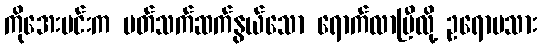
ကိုအေးမင်းက ပတ်သက်ဆက်နွယ်သော ရောက်လာပြီလို့ ဥရောပသား